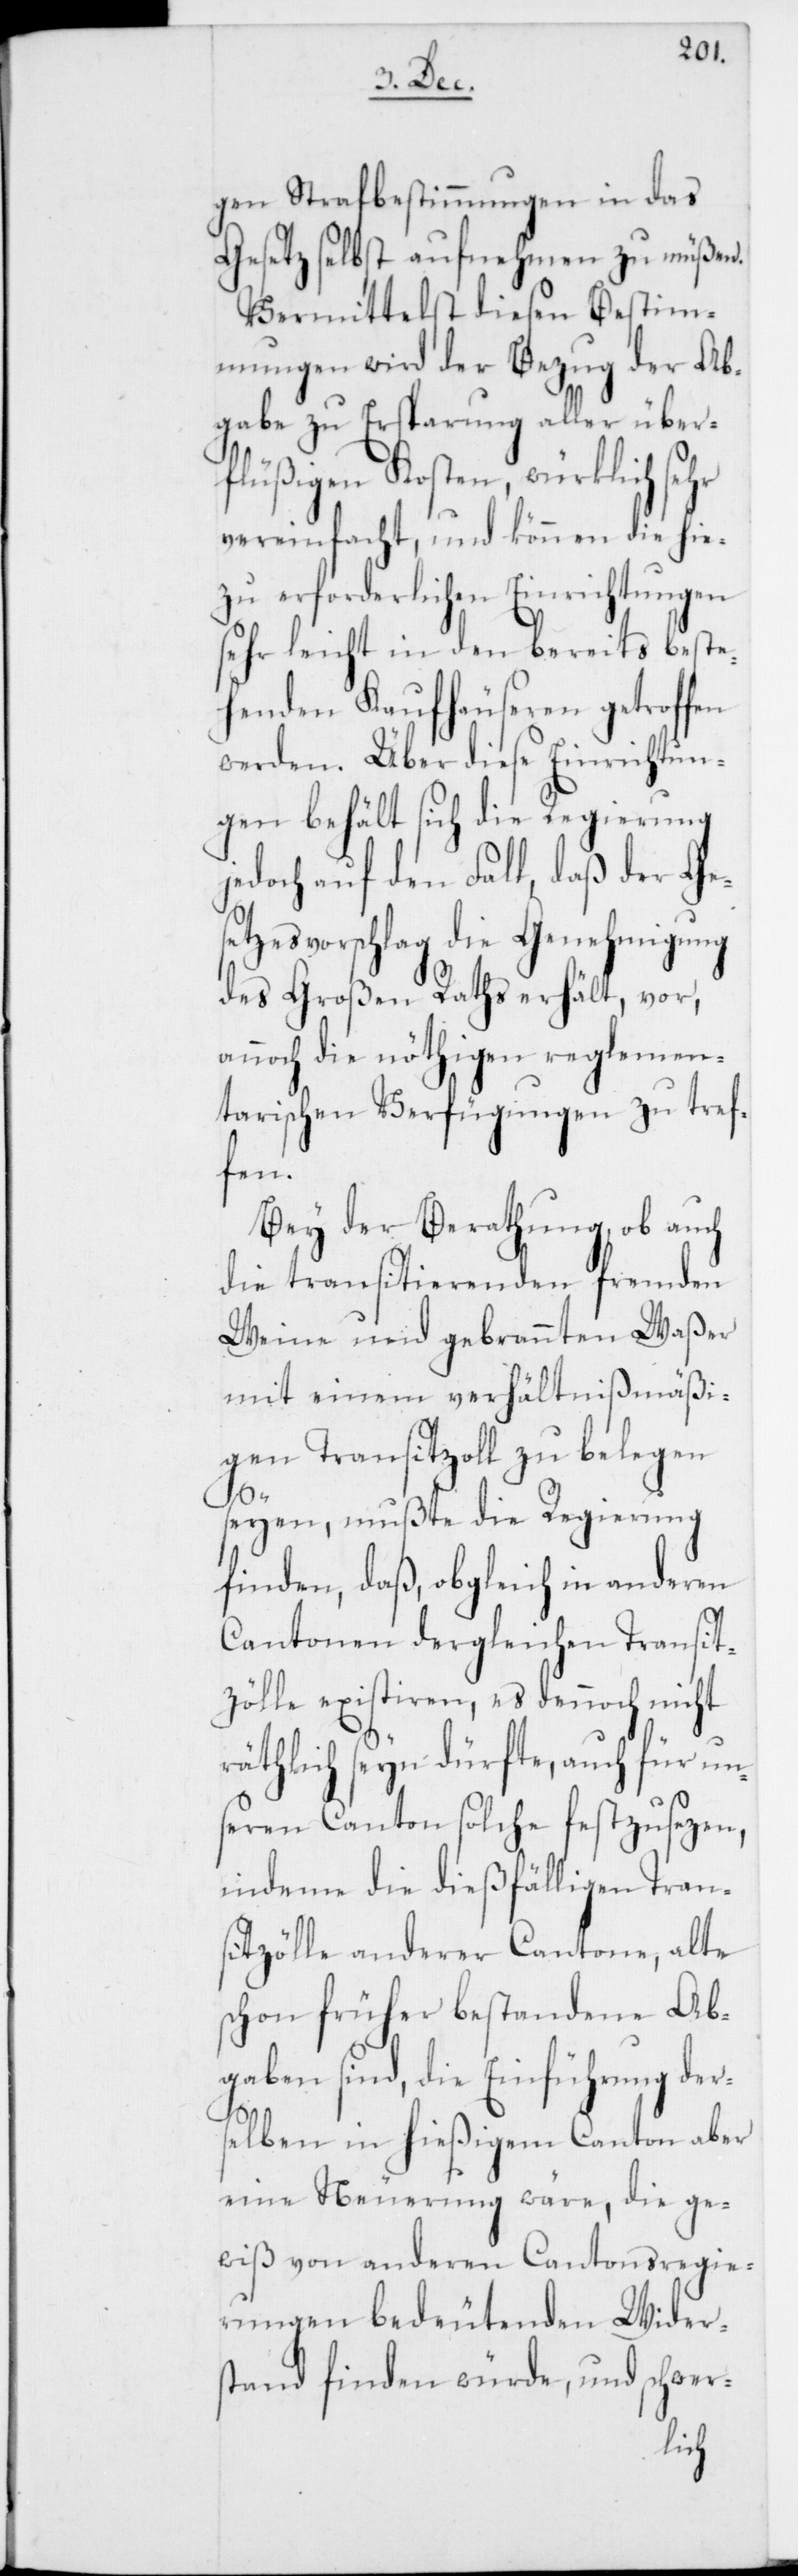
gen Strafbestimmungen in das
Gesetz selbst aufnehmen zu müßen.
Vermittelst diesen Bestim¬
mungen wird der Bezug der Ab¬
gabe zu Ersparung aller über¬
flüßigen Kosten, würklich
vereinfacht, und können die hie¬
zu erforderlichen Einrichtungen
sehr leicht in den bereits beste¬
henden Kaufhäuseren getroffen
werden. Über diese Einrichtun¬
gen behält sich die Regierung
jedoch auf den Fall, daß der Ges¬
etzesvorschlag die Genehmigung
des Großen Raths erhält, vor,
annoch die nöthigen reglemen¬
tarischen Verfügungen zu tref¬
fen.
Bey der Berathung, ob auch
die transitierenden fremden
Weine und gebrannten Waßer
mit einem verhältnißmäßi¬
gen Transitzoll zu belegen
seyen, mußte die Regierung
finden, daß obgleich in anderen
Cantonen dergleichen Transit¬
zölle existiren, es dennoch nicht
räthlich seyn dürfte, auch für un¬
seren Canton solche festzusezen,
indeme die dießfälligen Trans¬
itzölle anderer Cantone, alte
schon früher bestandene Ab¬
gaben sind, die Einführung ders¬
elben in hießigem Canton aber
eine Neuerung wäre, die ge¬
wiß von anderen Cantonsregie¬
rungen bedeutenden Wider¬
stand finden würde, und schwer-